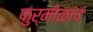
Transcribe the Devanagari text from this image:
फुर्मोळांचं